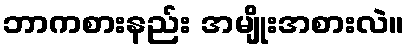
ဘာကစားနည်း အမျိုးအစားလဲ။